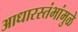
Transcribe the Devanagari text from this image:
आधारस्तंभांमुळे